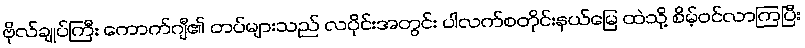
ဗိုလ်ချုပ်ကြီး ကောက်ဂျီ၏ တပ်များသည် လပိုင်းအတွင်း ပါလက်စတိုင်းနယ်မြေ ထဲသို့ စိမ့်ဝင်လာကြပြီး